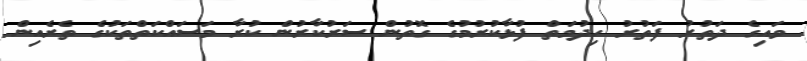
ވައިގެ ދަތުރު ފަތުރު ހިދުމަތް ފުޅާކުރުމުގެ ގޮތުން ސަރުކާރުން ކުރާ މަސައްކަތްތަކުގެ ތެރެއިން